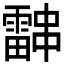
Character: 𮦰